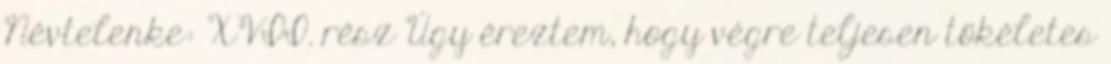
Névtelenke: XVII. rész Úgy éreztem, hogy végre teljesen tökéletes